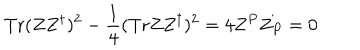
\mathrm { T r } ( Z Z ^ { \dagger } ) ^ { 2 } - { \frac { 1 } { 4 } } ( \mathrm { T r } Z Z ^ { \dagger } ) ^ { 2 } = 4 Z ^ { P } Z _ { P } = 0